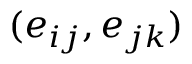
( e _ { i j } , e _ { j k } )